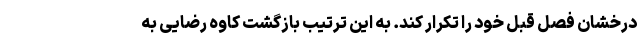
درخشان فصل قبل خود را تکرار کند. به این ترتیب بازگشت کاوه رضایی به